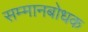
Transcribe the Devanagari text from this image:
सम्मानबोधक